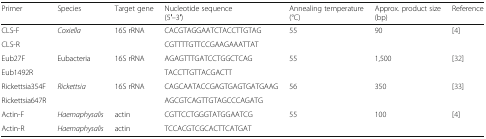
| Primer | Species | Target gene | Nucleotide sequence (5′–3′) | Annealing temperature (°C) | Approx. product size (bp) | Reference |
 | --- | --- | --- | --- | --- | --- | --- |
 | CLS-F | Coxiella | 16S rRNA | CACGTAGGAATCTACCTTGTAG | 55 | 90 | [4] |
 | CLS-R |  |  | CGTTTTGTTCCGAAGAAATTAT |  |  |  |
 | Eub27F | Eubacteria | 16S rRNA | AGAGTTTGATCCTGGCTCAG | 55 | 1,500 | [32] |
 | Eub1492R |  |  | TACCTTGTTACGACTT |  |  |  |
 | Rickettsia354F | Rickettsia | 16S rRNA | CAGCAATACCGAGTGAGTGATGAAG | 56 | 350 | [33] |
 | Rickettsia647R |  |  | AGCGTCAGTTGTAGCCCAGATG |  |  |  |
 | Actin-F | Haemaphysalis | actin | CGTTCCTGGGTATGGAATCG | 55 | 100 | [4] |
 | Actin-R | Haemaphysalis | actin | TCCACGTCGCACTTCATGAT |  |  |  |